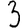
Digit: 3